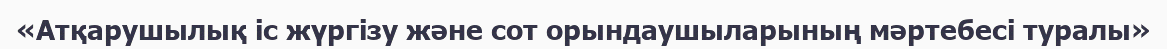
«Атқарушылық iс жүргiзу және сот орындаушыларының мәртебесi туралы»